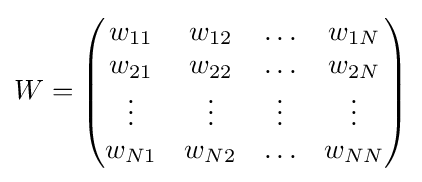
W={\begin{pmatrix}w_{11}&w_{12}&\ldots &w_{1N}\\w_{21}&w_{22}&\ldots &w_{2N}\\\vdots &\vdots &\vdots &\vdots \\w_{N1}&w_{N2}&\ldots &w_{NN}\\\end{pmatrix}}